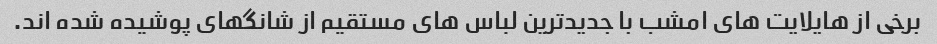
برخی از هایلایت های امشب با جدیدترین لباس های مستقیم از شانگهای پوشیده شده اند.